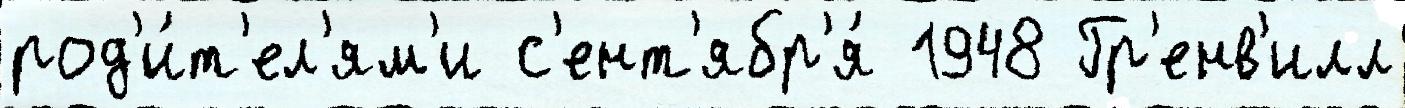
род'и́т'ел'ям'и с'ент'ябр'я́ 1948 Гр'енв'илл